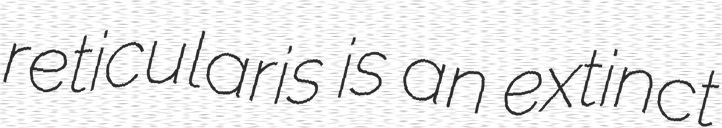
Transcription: reticularis is an extinct